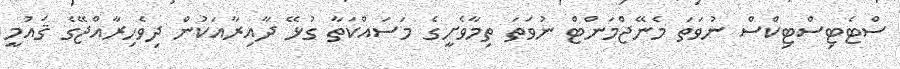
ސްޓެޓިސްޓިކްސް ނުވަތަ މެނޭޖްމަންޓް ނުވަތަ ތިމާވެށީގެ މަސައްކަތާ ގުޅޭ ދާއިރާއަކުން ދިވެހިރާއްޖޭގެ ޤައުމީ